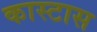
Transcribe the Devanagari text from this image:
कास्टास